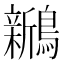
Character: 𬷵